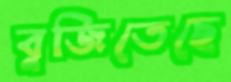
বুজিতেছে